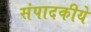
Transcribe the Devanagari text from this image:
संपादकीये